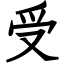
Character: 受